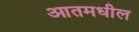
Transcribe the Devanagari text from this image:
आतमधील